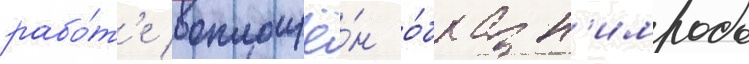
рабо́т'е воплощё́н о́браз н'имрода